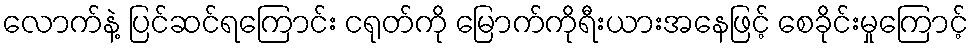
လောက်နဲ့ ပြင်ဆင်ရကြောင်း ငရုတ်ကို မြောက်ကိုရီးယားအနေဖြင့် စေခိုင်းမှုကြောင့်